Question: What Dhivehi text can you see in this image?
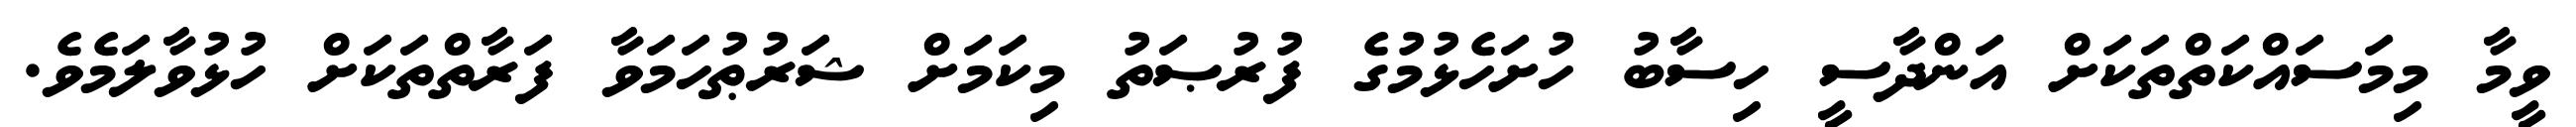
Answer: ވީމާ މިމަސައްކަތްތަކަށް އަންދާސީ ހިސާބު ހުށަހެޅުމުގެ ފުރުޞަތު މިކަމަށް ޝަރުޠުހަމަވާ ފަރާތްތަކަށް ހުޅުވާލަމެވެ.